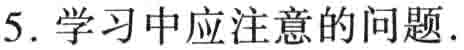
5. 学习中应注意的问题.